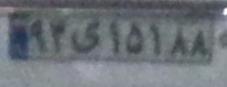
۹۳ی۱۵۱۸۸